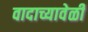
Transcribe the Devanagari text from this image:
वादाच्यावेळी